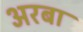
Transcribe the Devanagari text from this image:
अरबा